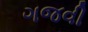
ગજવી